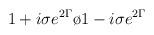
LaTeX: \begin{align*}{{1 + i\sigma e^{2 \Gamma}}\o { 1 - i\sigma e^{2 \Gamma}}}\end{align*}